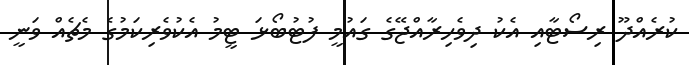
ކުރެއްދޫ ރިސޯޓާއި އެކު ދިވެހިރާއްޖޭގެ ގައުމީ ފުޓުބޯޅަ ޓީމު އެކުވެރިކަމުގެ މެޗެއް ވަނީ